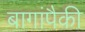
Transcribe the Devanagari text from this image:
बागांपैकी